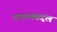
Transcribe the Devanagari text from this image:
दफनाबद्दल